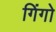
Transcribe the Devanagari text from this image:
गिंगो